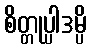
စိတ္တုပ္ပါဒမ္ပိ